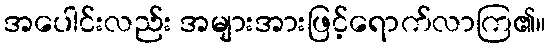
အပေါင်းလည်း အများအားဖြင့်ရောက်လာကြ၏။